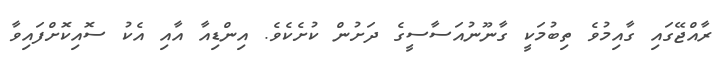
ރާއްޖޭގައި ގާއިމުވެ ތިބުމަކީ ގާނޫނުއަސާސީގެ ދަށުން ކުށެކެވެ. އިންޑިއާ އާއި އެކު ސޮއިކޮށްފައިވާ